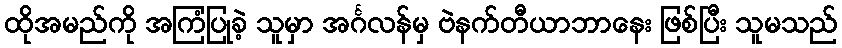
ထိုအမည်ကို အကြံပြုခဲ့ သူမှာ အင်္ဂလန်မှ ဗဲနက်တီယာဘာနေး ဖြစ်ပြီး သူမသည်